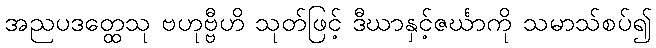
အညပဒတ္ထေသု ဗဟုဗ္ဗီဟိ သုတ်ဖြင့် ဒီဃာနှင့်ဇင်္ဃာကို သမာသ်စပ်၍